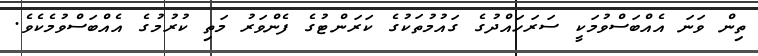
ތިން ވަނަ އެއްބަސްވުމަކީ ސަރަހައްދުގެ ގައުމުތަކުގެ ކަރަންޓުގެ ފެންވަރު މަތި ކުރުމުގެ އެއްބަސްވުމެކެވެ.